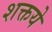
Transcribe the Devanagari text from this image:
शक्तये